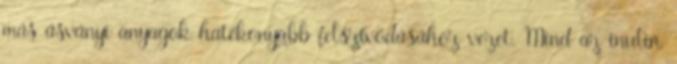
más ásványi anyagok hatékonyabb felszívódásához vezet. Mind az inulin,